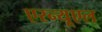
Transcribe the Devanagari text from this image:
एरन्‍यूएल